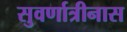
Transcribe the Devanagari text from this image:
सुवर्णात्रीनास